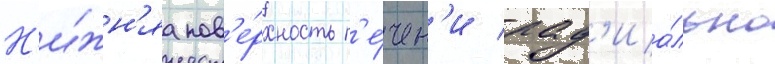
Н'и́жн'яа пов'е́рхность п'е́чен'и рад'иа́льно